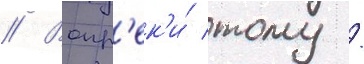
// Вопр'ек'и́ тому /